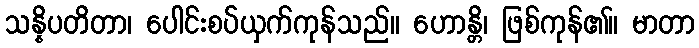
သန္နိပတိတာ၊ ပေါင်းစပ်ယှက်ကုန်သည်။ ဟောန္တိ၊ ဖြစ်ကုန်၏။ မာတာ